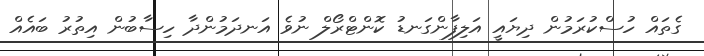
ގެތައް ހުސްކުރަމުން ދިޔައީ އަލިފާންގަނޑު ކޮންޓްރޯލް ނުވެ އަނދަމުންދާ ހިސާބުން އިތުރު ބައެއް